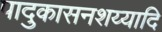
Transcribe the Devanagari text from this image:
पादुकासनशय्यादि